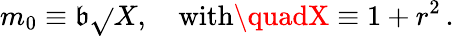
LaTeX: m_{0}\equiv\mathfrak{b}\sqrt{}{{X}},\quad\mathrm{{with}}\quadX\equiv1+r^{2}\, .